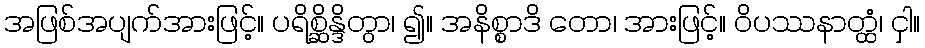
အဖြစ်အပျက်အားဖြင့်။ ပရိစ္ဆိန္ဒိတွာ၊ ၍။ အနိစ္စာဒိ တော၊ အားဖြင့်။ ဝိပဿနာတ္ထံ၊ ငှါ။